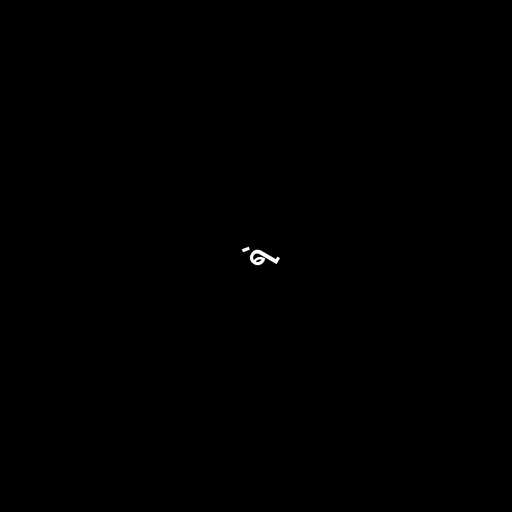
ရဲ